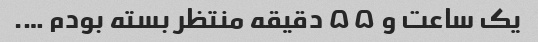
یک ساعت و ۵۵ دقیقه منتظر بسته بودم ….